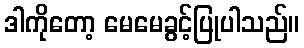
ဒါကိုတော့ မေမေခွင့်ပြုပါသည်။